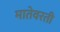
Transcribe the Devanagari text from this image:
मातेवरती